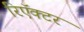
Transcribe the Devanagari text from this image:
रिऍक्टर